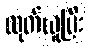
ထုတ်ယူပြီး